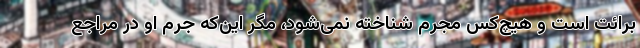
برائت است و هیچ‌کس مجرم شناخته نمی‌شود، مگر این‌که جرم او در مراجع